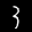
Label: 3